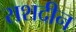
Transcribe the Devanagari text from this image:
राशदीन